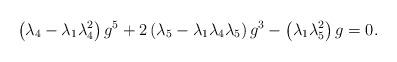
LaTeX: \begin{align*}\left( \lambda _{4}-\lambda _{1}\lambda _{4}^{2}\right) g^{5}+2\left( \lambda_{5}-\lambda _{1}\lambda _{4}\lambda _{5}\right) g^{3}-\left(\lambda _{1}\lambda_{5}^{2}\right)g=0. \end{align*}